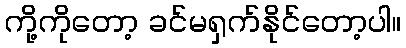
ကို့ကိုတော့ ခင်မရှက်နိုင်တော့ပါ။